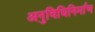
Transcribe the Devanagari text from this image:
अनुविधिनिर्माण